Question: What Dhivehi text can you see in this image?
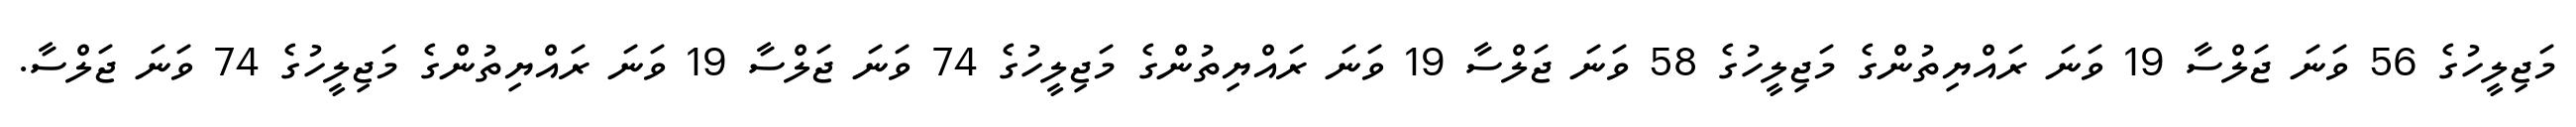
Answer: މަޖިލީހުގެ 56 ވަނަ ޖަލްސާ 19 ވަނަ ރައްޔިތުންގެ މަޖިލީހުގެ 58 ވަނަ ޖަލްސާ 19 ވަނަ ރައްޔިތުންގެ މަޖިލީހުގެ 74 ވަނަ ޖަލްސާ 19 ވަނަ ރައްޔިތުންގެ މަޖިލީހުގެ 74 ވަނަ ޖަލްސާ.